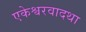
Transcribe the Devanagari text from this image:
एकेश्वरवादथा